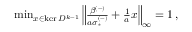
\begin{array} { r } { \operatorname* { m i n } _ { x \in \ker D ^ { k - 1 } } \left\lVert \frac { \beta ^ { ( - ) } } { a \sigma _ { * } ^ { ( - ) } } + \frac { 1 } { a } x \right\rVert _ { \infty } = 1 \, , } \end{array}